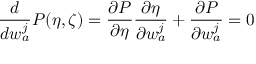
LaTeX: \frac { d } { d w _ { a } ^ { j } } P ( \eta , \zeta ) = \frac { \partial P } { \partial \eta } \frac { \partial \eta } { \partial w _ { a } ^ { j } } + \frac { \partial P } { \partial w _ { a } ^ { j } } = 0